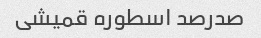
صدرصد اسطوره قمیشی